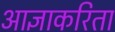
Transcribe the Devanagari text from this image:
आज्ञाकरिता